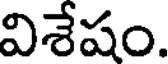
విశేషం.